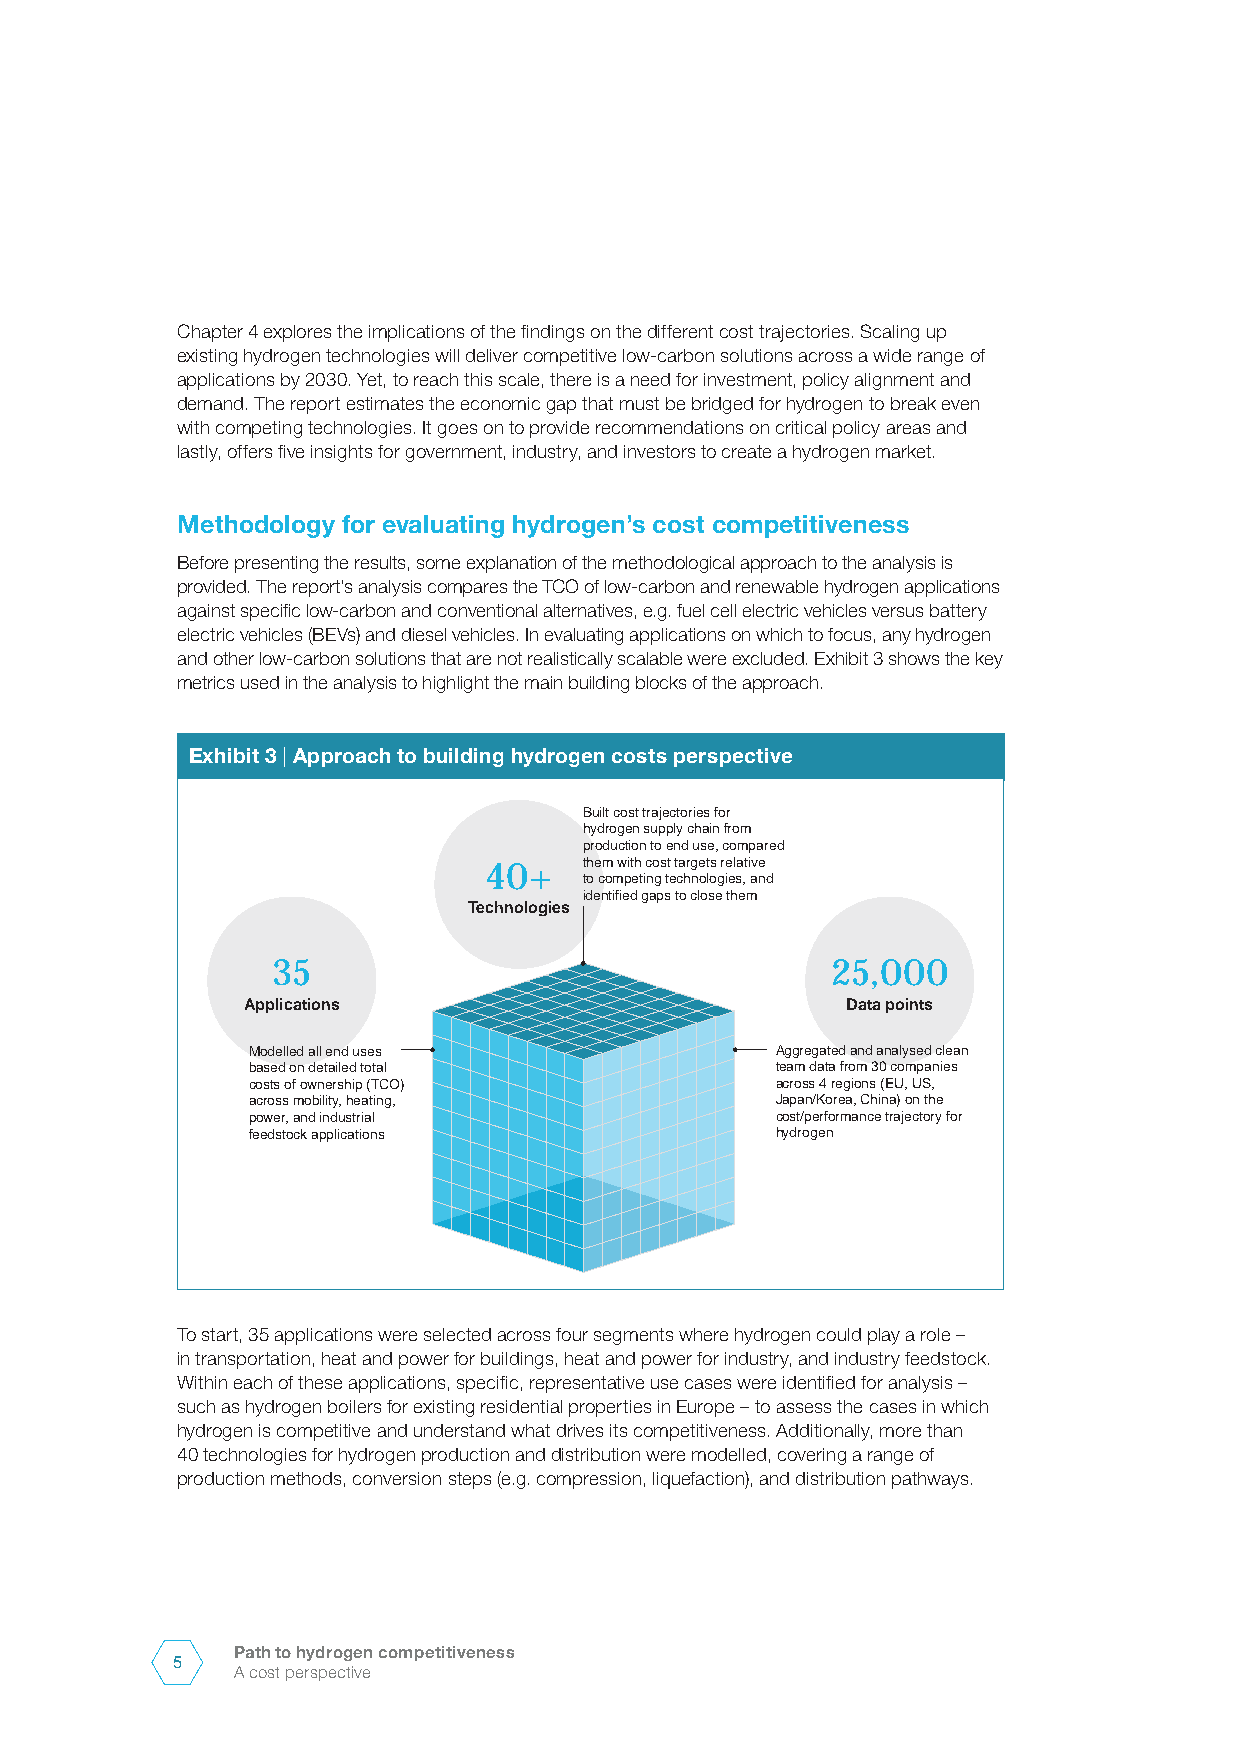
Chapter 4 explores the implications of the findings on the different cost trajectories. Scaling up
 existing hydrogen technologies will deliver competitive low-carbon solutions across a wide range of
 applications by 2030. Yet, to reach this scale, there is a need for investment, policy alignment and
 demand. The report estimates the economic gap that must be bridged for hydrogen to break even
 with competing technologies. It goes on to provide recommendations on critical policy areas and
 lastly, offers five insights for government, industry, and investors to create a hydrogen market.
 Methodology for evaluating hydrogen’s cost competitiveness
 Before presenting the results, some explanation of the methodological approach to the analysis is
 provided. The report’s analysis compares the TCO of low-carbon and renewable hydrogen applications
 against specific low-carbon and conventional alternatives, e.g. fuel cell electric vehicles versus battery
 electric vehicles (BEVs) and diesel vehicles. In evaluating applications on which to focus, any hydrogen
 and other low-carbon solutions that are not realistically scalable were excluded. Exhibit 3 shows the key
 metrics used in the analysis to highlight the main building blocks of the approach.
 Exhibit 3 | Approach to building hydrogen costs perspective
 Built cost trajectories for
 hydrogen supply chain from
 production to end use, compared
 40+    them with cost targets relative
 to competing technologies, and
 identified gaps to close them
 Technologies
 35                                   25,000
 Applications                            Data points
 Modelled all end uses              Aggregated and analysed clean
 based on detailed total            team data from 30 companies
 costs of ownership (TCO)           across 4 regions (EU, US,
 across mobility, heating,          Japan/Korea, China) on the
 power, and industrial              cost/performance trajectory for
 feedstock applications             hydrogen
 To start, 35 applications were selected across four segments where hydrogen could play a role –
 in transportation, heat and power for buildings, heat and power for industry, and industry feedstock.
 Within each of these applications, specific, representative use cases were identified for analysis –
 such as hydrogen boilers for existing residential properties in Europe – to assess the cases in which
 hydrogen is competitive and understand what drives its competitiveness. Additionally, more than
 40 technologies for hydrogen production and distribution were modelled, covering a range of
 production methods, conversion steps (e.g. compression, liquefaction), and distribution pathways.
 Path to hydrogen competitiveness
 5
 A cost perspective